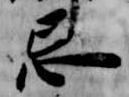
忌